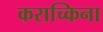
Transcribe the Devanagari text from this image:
कराच्किना